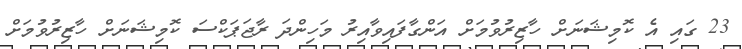
23 ގައި އެ ކޮމިޝަނަށް ހާޒިރުވުމަށް އަންގާފައިވާއިރު މަހިންދަ ރާޖަޕަކްސަ ކޮމިޝަނަށް ހާޒިރުވުމަށް